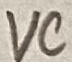
Text: VC